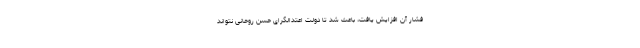
فشار آن افزایش یافت، باعث شد تا دولت اعتدالگرای حسن روحانی نتواند